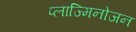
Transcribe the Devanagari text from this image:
प्लाज्मिनोजन